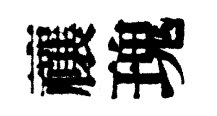
禳瑰